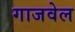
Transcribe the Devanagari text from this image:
गाजवेल